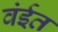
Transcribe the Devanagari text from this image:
वंईत